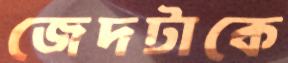
জেদটাকে